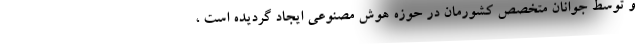
و توسط جوانان متخصص کشورمان در حوزه هوش مصنوعی ایجاد گردیده است ،